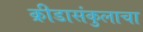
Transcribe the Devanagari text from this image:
क्रीडासंकुलाचा